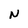
Character: N